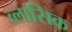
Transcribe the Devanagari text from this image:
व्लासिक